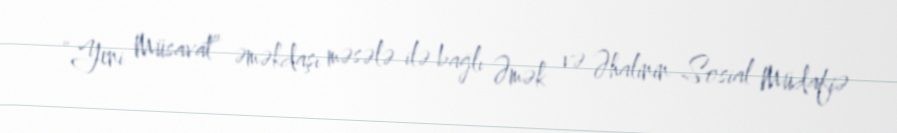
“Yeni Müsavat” əməkdaşı məsələ ilə bağlı Əmək və Əhalinin Sosial Müdafiə